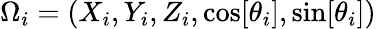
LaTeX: \Omega_{i}=(X_{i},Y_{i},Z_{i},\cos[\theta_{i}],\sin[\theta_{i}])